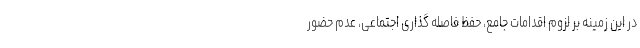
در این زمینه بر لزوم اقدامات جامع، حفظ فاصله گذاری اجتماعی، عدم حضور